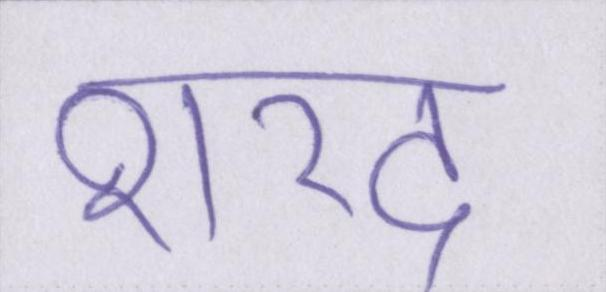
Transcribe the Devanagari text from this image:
शरद